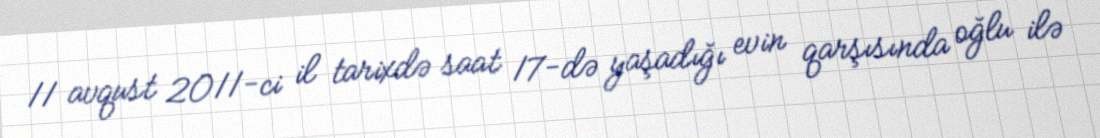
11 avqust 2011-ci il tarixdə saat 17-də yaşadığı evin qarşısında oğlu ilə